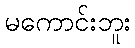
မကောင်းဘူး